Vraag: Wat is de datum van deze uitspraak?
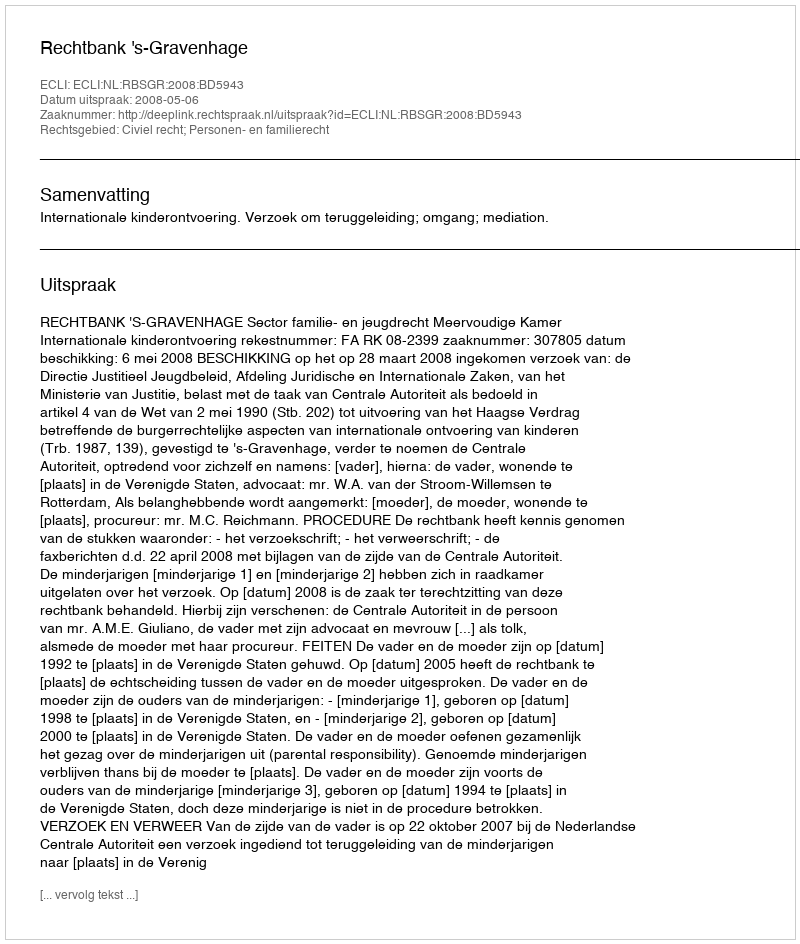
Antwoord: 2008-05-06